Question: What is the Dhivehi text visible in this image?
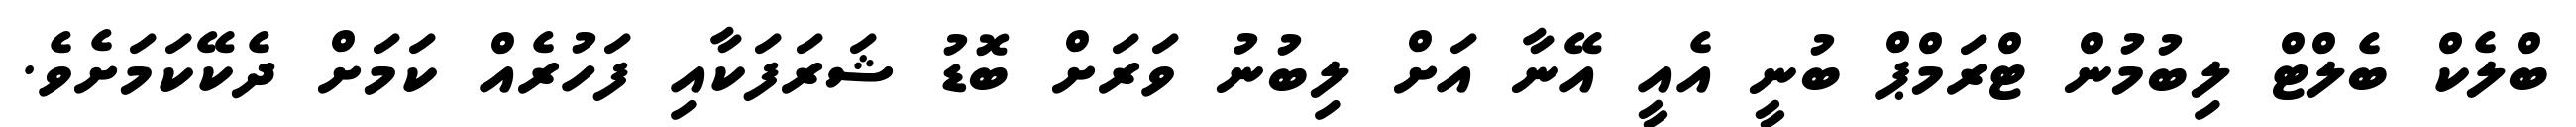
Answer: ބްލެކް ބެލްޓް ލިބުމުން ޓްރަމްޕް ބުނީ އެއީ އޭނާ އަށް ލިބުނު ވަރަށް ބޮޑު ޝަރަފަކާއި ފަހުރެއް ކަމަށް ދެކޭކަމަށެވެ.